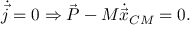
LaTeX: { \dot { \vec { j } } } = 0 \Rightarrow { \vec { P } } - M { \dot { \vec { x } } } _ { C M } = 0 .